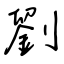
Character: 劉